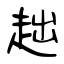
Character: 趉